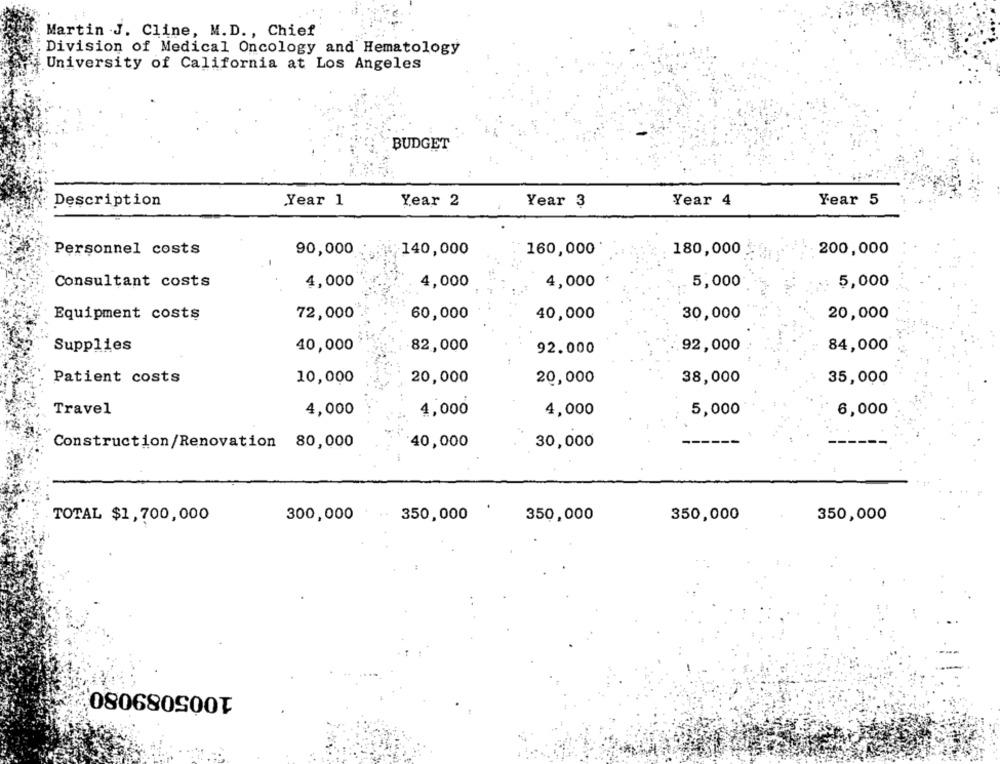
Martin .J. Cline, M.D ., Chief
Division of Medical Oncology and Hematology
University of California at Los Angeles
BUDGET
Description
Year 1
Year 2
Year 3
Year 4
Year 5
Personnel costs
90,000
140,000
160,000
180,000
200,000
Consultant costs
4,000
4,000
4,000
5,000
5,000
Equipment costs
72,000
60,000
40,000
30,000
20,000
Supplies
40,000
82,000
92.000
92,000
84,000
Patient costs
10,000
20,000
20,000
38,000
35,000
Travel
4,000
4,000
4,000
5,000
6,000
40,000
30,000
Construction/Renovation 80,000
TOTAL $1,700,000
300,000
350,000
350,000
350,000
350,000
1005089080